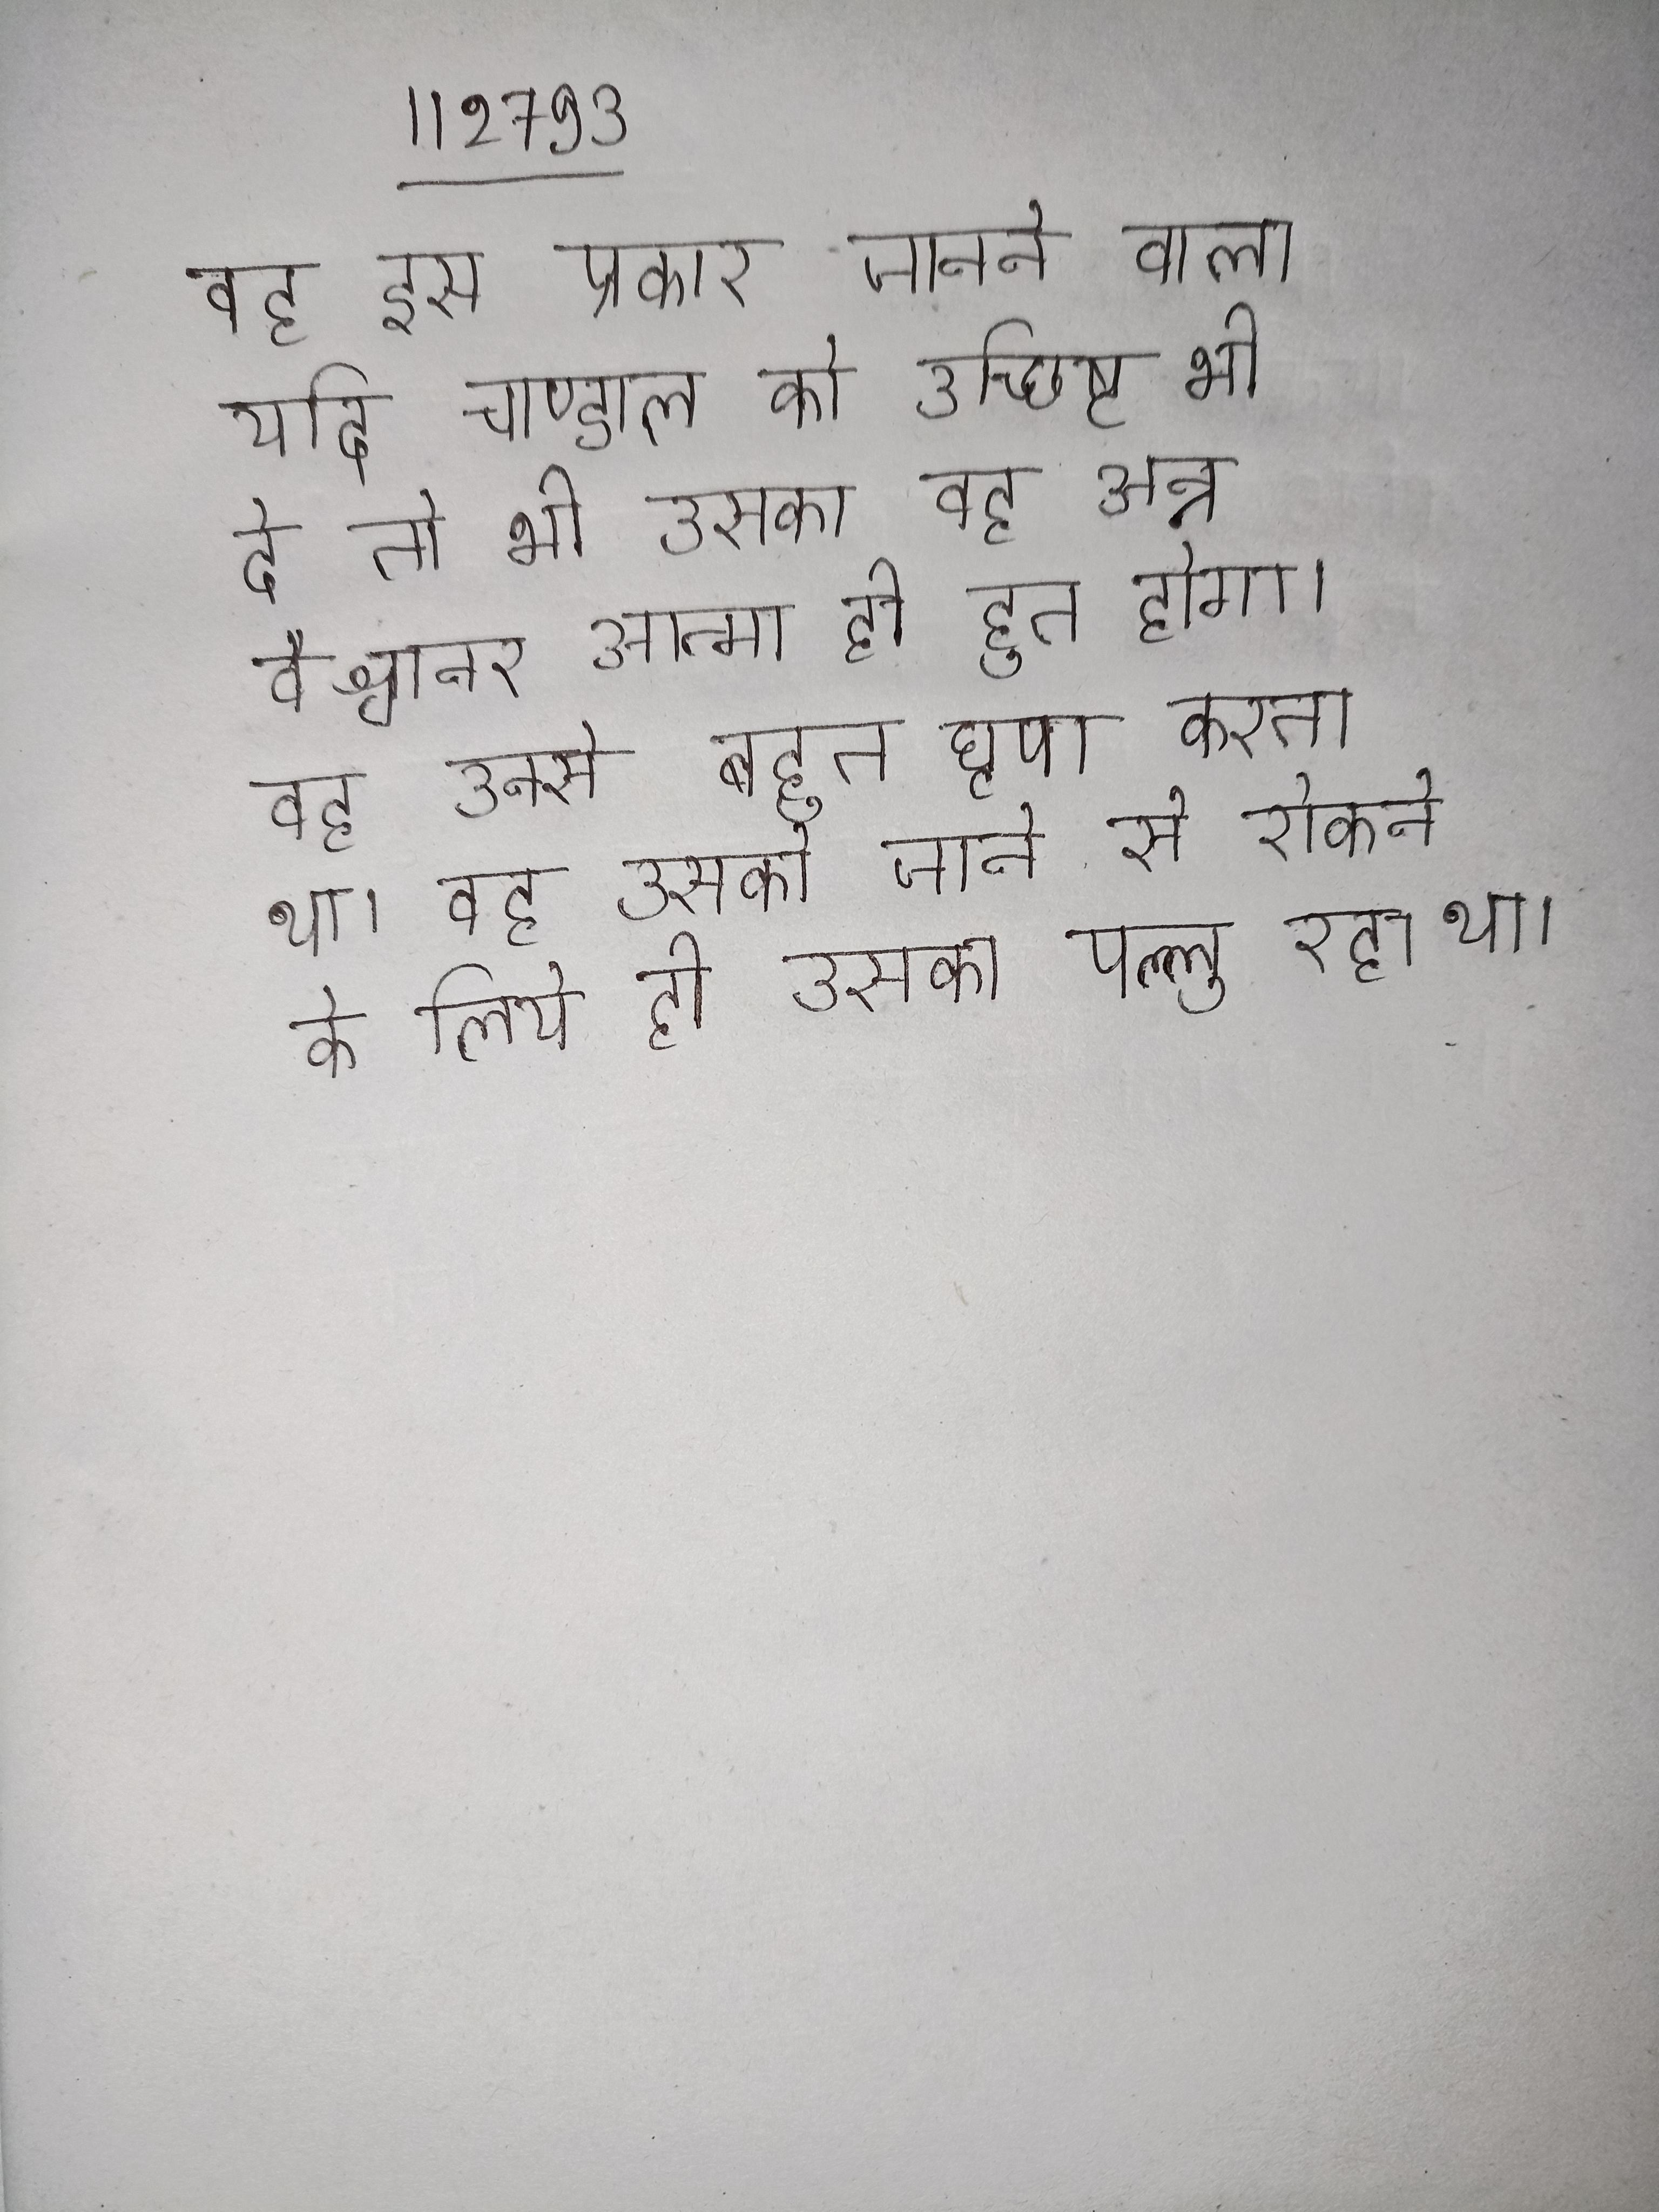
वह इस प्रकार जानने वाला यदि चाण्डाल को उच्छिष्ट भी दे तो भी उसका वह अन्न वैश्वानर आत्मा ही हुत होगा । वह उनसे बहुत घृणा करता था । वह उसको जाने से रोकने के लिये ही उसका पल्लु रहा था ।